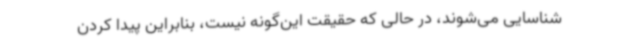
شناسایی می‌شوند، در حالی که حقیقت این‌گونه نیست، بنابراین پیدا کردن